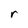
Character: r